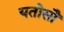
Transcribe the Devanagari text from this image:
यतोसौ